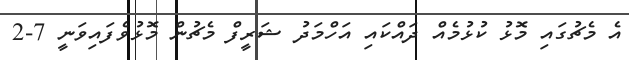
އެ މެޗުގައި މޮޅު ކުޅުމެއް ދައްކައި އަހްމަދު ޝަރީފް މެޗުން މޮޅުވެފައިވަނީ 7-2